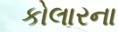
કોલારના